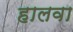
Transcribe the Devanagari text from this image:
हालवा